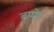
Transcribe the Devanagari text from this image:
बामेन